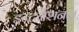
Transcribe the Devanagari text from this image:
इन्टर्नैशनल